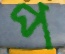
প